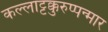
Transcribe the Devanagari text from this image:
कल्लाट्टक्कुरुप्पन्मार